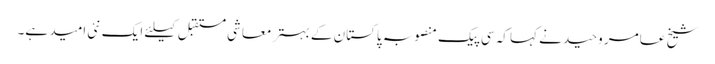
شیخ عامر وحید نے کہا کہ سی پیک منصوبہ پاکستان کے بہتر معاشی مستقبل کیلئے ایک نئی امید ہے۔